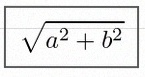
\sqrt{a^2+b^2}